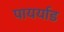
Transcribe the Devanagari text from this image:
पायर्याड